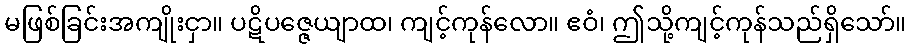
မဖြစ်ခြင်းအကျိုးငှာ။ ပဋိပဇ္ဇေယျာထ၊ ကျင့်ကုန်လော။ ဧဝံ၊ ဤသို့ကျင့်ကုန်သည်ရှိသော်။